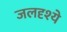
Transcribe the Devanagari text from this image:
जलदृश्ये